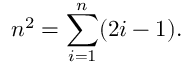
n ^ { 2 } = \sum _ { i = 1 } ^ { n } ( 2 i - 1 ) .